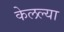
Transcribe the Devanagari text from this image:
केलल्या